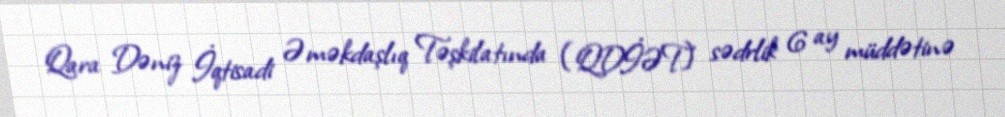
Qara Dəniz İqtisadi Əməkdaşlıq Təşkilatında (QDİƏT) sədrlik 6 ay müddətinə